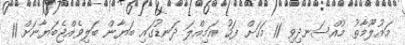
މައުލޫމާތު މުއްސަނދިވި 11 މަހަށް ފަހު އަމިއްލަ ދަނޑުގައި ބަޔާން ބަލިވެއްޖެބަޔާނަށް 11